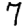
Digit: 7